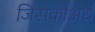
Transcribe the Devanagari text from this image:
जिसकाअर्थ